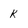
Character: k